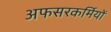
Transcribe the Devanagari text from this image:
अफसरकर्मियों